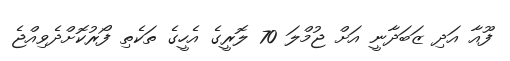
ފޫއާ އަދި ޒަބަދާނީ އަށް ޖުމްލަ 70 ލޮރީގެ އެހީގެ ތަކެތި ފޯރުކޮށްދެވިއްޖެ